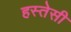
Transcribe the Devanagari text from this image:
हस्तेसी